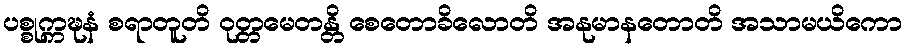
ပစ္စုက္ကဍ္ဎနံ စရာတူတိ ဝုတ္တမေတန္တိ စေတောခိလောတိ အနုမာနတောတိ အသာမယိကော